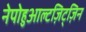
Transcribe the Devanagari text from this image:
नेपोहुआल्टज़िट्ज़िन